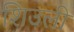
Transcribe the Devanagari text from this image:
शिउली